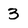
Character: 3